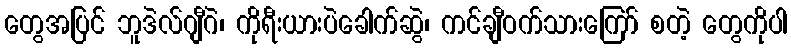
တွေအပြင် ဘူဒဲလ်ဂျီဂဲ၊ ကိုရီးယားပဲခေါက်ဆွဲ၊ ကင်ချီဝက်သားကြော် စတဲ့ တွေကိုပါ